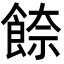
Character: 𩜪